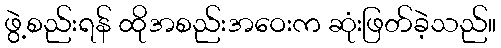
ဖွဲ့စည်းရန် ထိုအစည်းအဝေးက ဆုံးဖြတ်ခဲ့သည်။